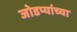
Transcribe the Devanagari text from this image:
जोडप्यांच्या